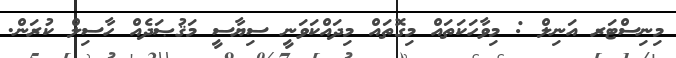
މިނިސްޓަރ އަނިލް : މިވާހަކަތައް މިގޮތައް މިދައްކަވަނީ ސިޔާސީ މަޤުޞަދެއް ހާސިލް ކުރަން.